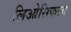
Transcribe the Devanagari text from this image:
लिओसिकला